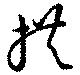
拱